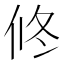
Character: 𠗆